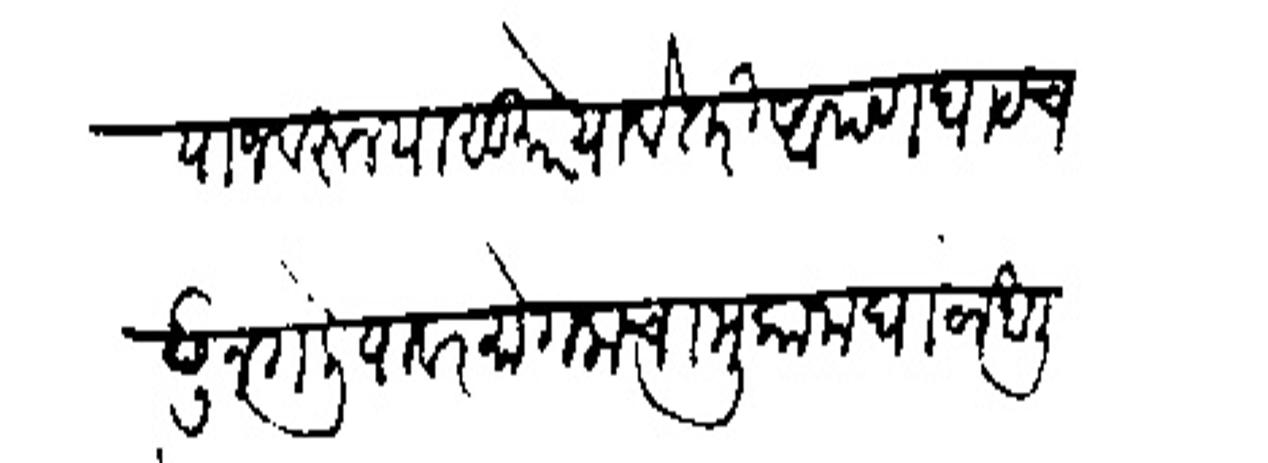
Transliteration (Devanagari): याजवरून या सुमारे यावे तर आपण घाट चदून गेलियावर मोगलाचा मुकाम घाठांखाली